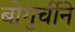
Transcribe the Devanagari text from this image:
बोगुर्चीने